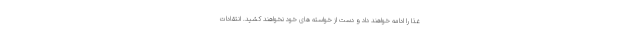
غذا را ادامه خواهند داد و دست از خواسته های خود نخواهند کشید. انتقادات